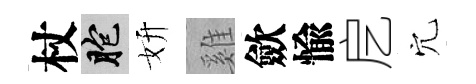
杖胞妍雞歛愉戹穴